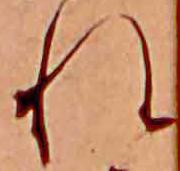
れ